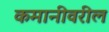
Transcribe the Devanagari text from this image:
कमानीवरील